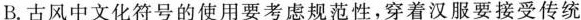
B.古风中文化符号的使用要考虑规范性，穿着汉服要接受传统